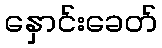
နှောင်းခေတ်